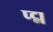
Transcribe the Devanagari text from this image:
प्द्म